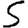
Digit: 5